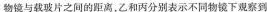
物镜与载玻片之间的距离，乙和丙分别表示不同物镜下观察到